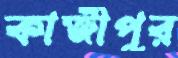
কাজীপুর